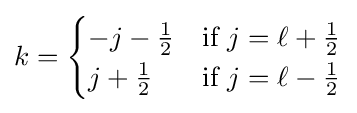
k={\begin{cases}-j-{\tfrac {1}{2}}&{\text{if }}j=\ell +{\tfrac {1}{2}}\\j+{\tfrac {1}{2}}&{\text{if }}j=\ell -{\tfrac {1}{2}}\end{cases}}